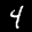
Label: 4